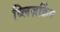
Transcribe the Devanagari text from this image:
ब्लिज़क्रिंग